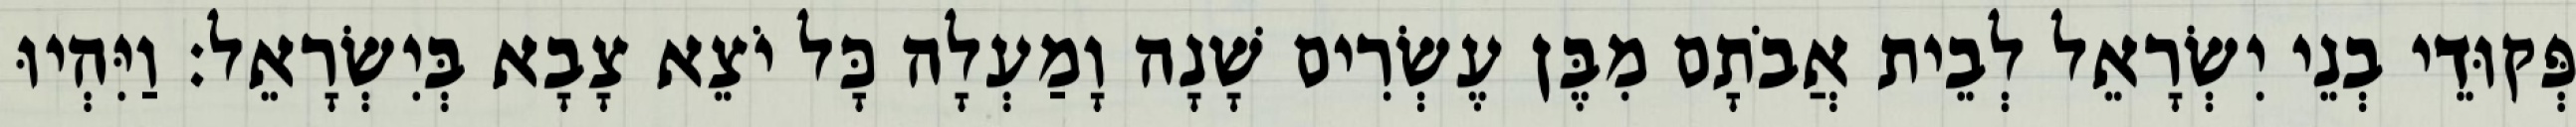
פְּקוּדֵי בְנֵי יִשְׂרָאֵל לְבֵית אֲבֹתָם מִבֶּן עֶשְׂרִים שָׁנָה וָמַעְלָה כָּל יֹצֵא צָבָא בְּיִשְׂרָאֵל׃ וַיִּהְיוּ